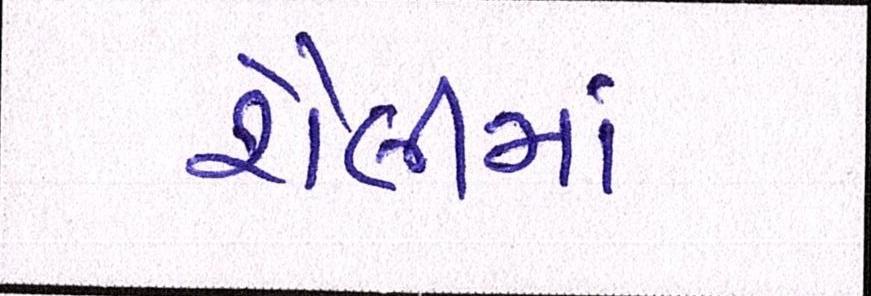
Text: શૈલીમાં